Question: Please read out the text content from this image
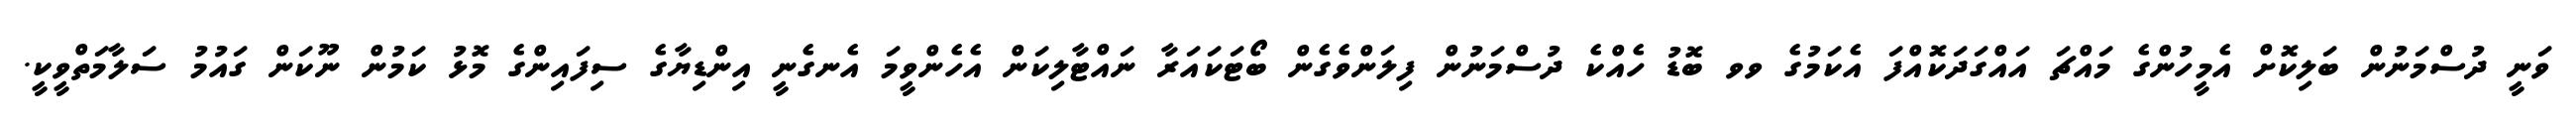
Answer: ވަނީ ދުސްމަނުން ބަލިކޮށް އެމީހުންގެ މައްޗަ އައްގަދަކޮއްފަ އެކަމުގެ ވވ ބޮޑު ހެއްކެ ދުސްމަނުން ފިލަންވެގެން ބޯޓަކައަރާ ނައްޓާލިކަން އެހެންވީމަ އެނގެނީ އިންޑިޔާގެ ސިފައިންގެ މޮޅު ކަމުން ނޫކަން ގައުމު ސަލާމަތްވީކީ.